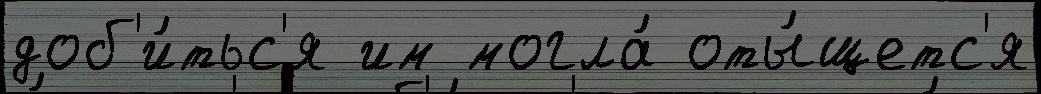
доб'и́тьс'я им могла́ оты́щетс'я